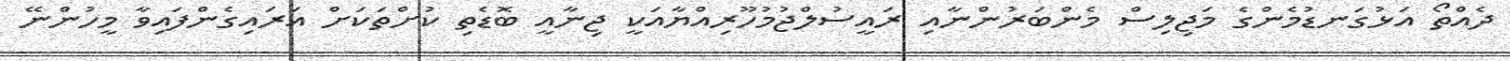
ދެއްތޯ އަޅުގަނޑުމެންގެ މަޖިލިސް މެންބަރުންނާއި ރައީސުލްޖުމުހޫރިއްޔާއަކީ ޖިނާއީ ބޮޑެތި ކުށްތަކަށް އަރައިގެންފައިވާ މީހުންނޭ